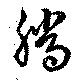
騰